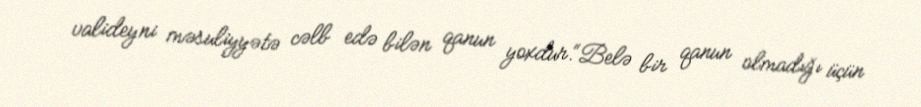
valideyni məsuliyyətə cəlb edə bilən qanun yoxdur.“Belə bir qanun olmadığı üçün